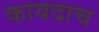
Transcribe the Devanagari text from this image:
कायदाच